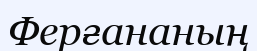
Ферғананың